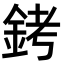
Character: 銬